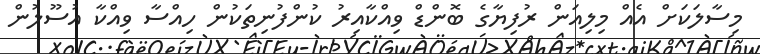
މިސާލަކަށް އެއް މިލިއަން ރުފިޔާގެ ބޮންޑް ވިއްކާއިރު ކުންފުނިތަކުން ހިއްސާ ވިއްކާ އުސޫލުން